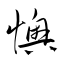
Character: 懊